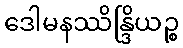
ဒေါမနဿိန္ဒြိယဉ္စ